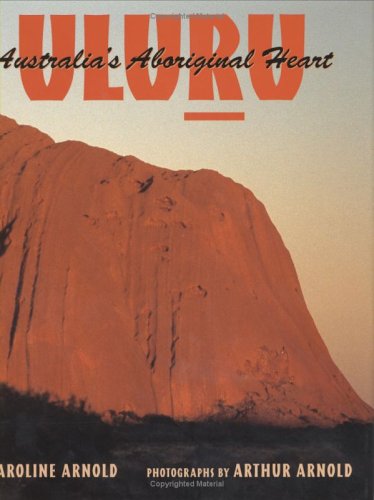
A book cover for Uluru: Australia's Aboriginal Heart; Caroline Arnold; Children's Books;